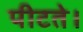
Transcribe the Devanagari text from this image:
पीटते।